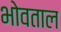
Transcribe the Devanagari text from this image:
भोवताल